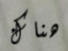
هناك